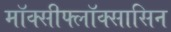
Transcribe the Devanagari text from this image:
मॉक्सीफ्लॉक्सासिन